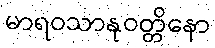
မာရဝသာနုဝတ္တိနော